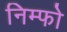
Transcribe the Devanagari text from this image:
निम्फो